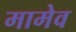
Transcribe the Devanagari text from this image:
मामेव